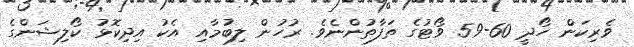
ވެރިކަން ހޯދީ 60-59 ވޯޓުގެ ތަފާތުންނެވެ. ރުހުން ލިބުމާއި އެކު އިދިކޮޅު ކޯލިޝަންގެ